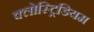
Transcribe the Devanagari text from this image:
क्लोस्ट्रिडियम